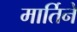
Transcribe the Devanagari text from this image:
मार्तिने